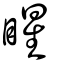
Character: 睲